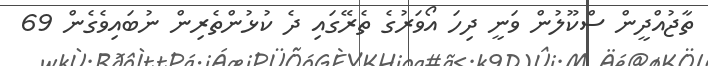
ތާޖުއްދީން ސްކޫލުން ވަނީ ދިހަ އޯވަރުގެ ތެރޭގައި ދެ ކުޅުންތެރިން ނުބައިވެގެން 69